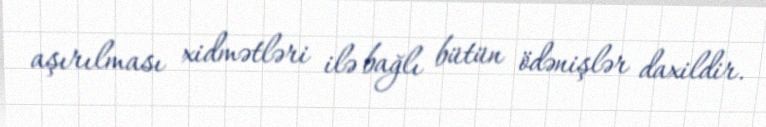
aşırılması xidmətləri ilə bağlı bütün ödənişlər daxildir.